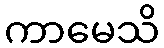
ကာမေသိ